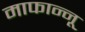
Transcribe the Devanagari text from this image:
माफान्नू